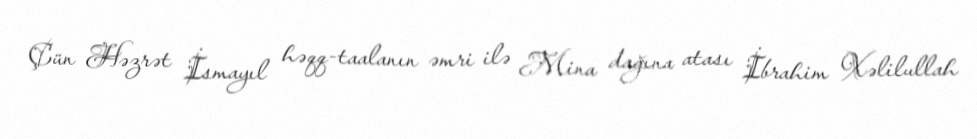
Çün Həzrət İsmayıl həqq-taalanın əmri ilə Mina dağına atası İbrahim Xəlilullah